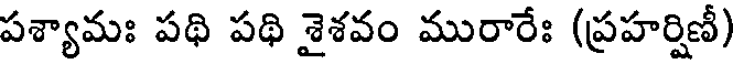
పశ్యామః పథి పథి శైశవం మురారేః (ప్రహర్షిణీ)